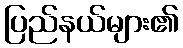
ပြည်နယ်များ၏